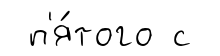
п'я́того с